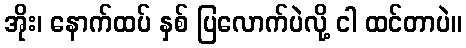
အိုး၊ နောက်ထပ် နှစ် ပြလောက်ပဲလို့ ငါ ထင်တာပဲ။